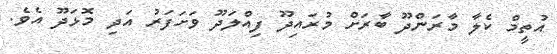
އުތީމް ކެލާ މާރަންދޫ ބާރަށް މުރައިދޫ ފިއްލަދޫ ވަށަފަރު އަދި މޮޅަދޫ އެވެ.